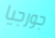
جورجيا